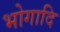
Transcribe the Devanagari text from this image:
भोगादि